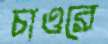
চাওরে